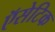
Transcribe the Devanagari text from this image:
ऍसेटिक